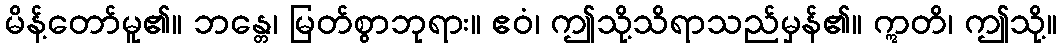
မိန့်တော်မူ၏။ ဘန္တေ၊ မြတ်စွာဘုရား။ ဧဝံ၊ ဤသို့သိရာသည်မှန်၏။ ဣတိ၊ ဤသို့။